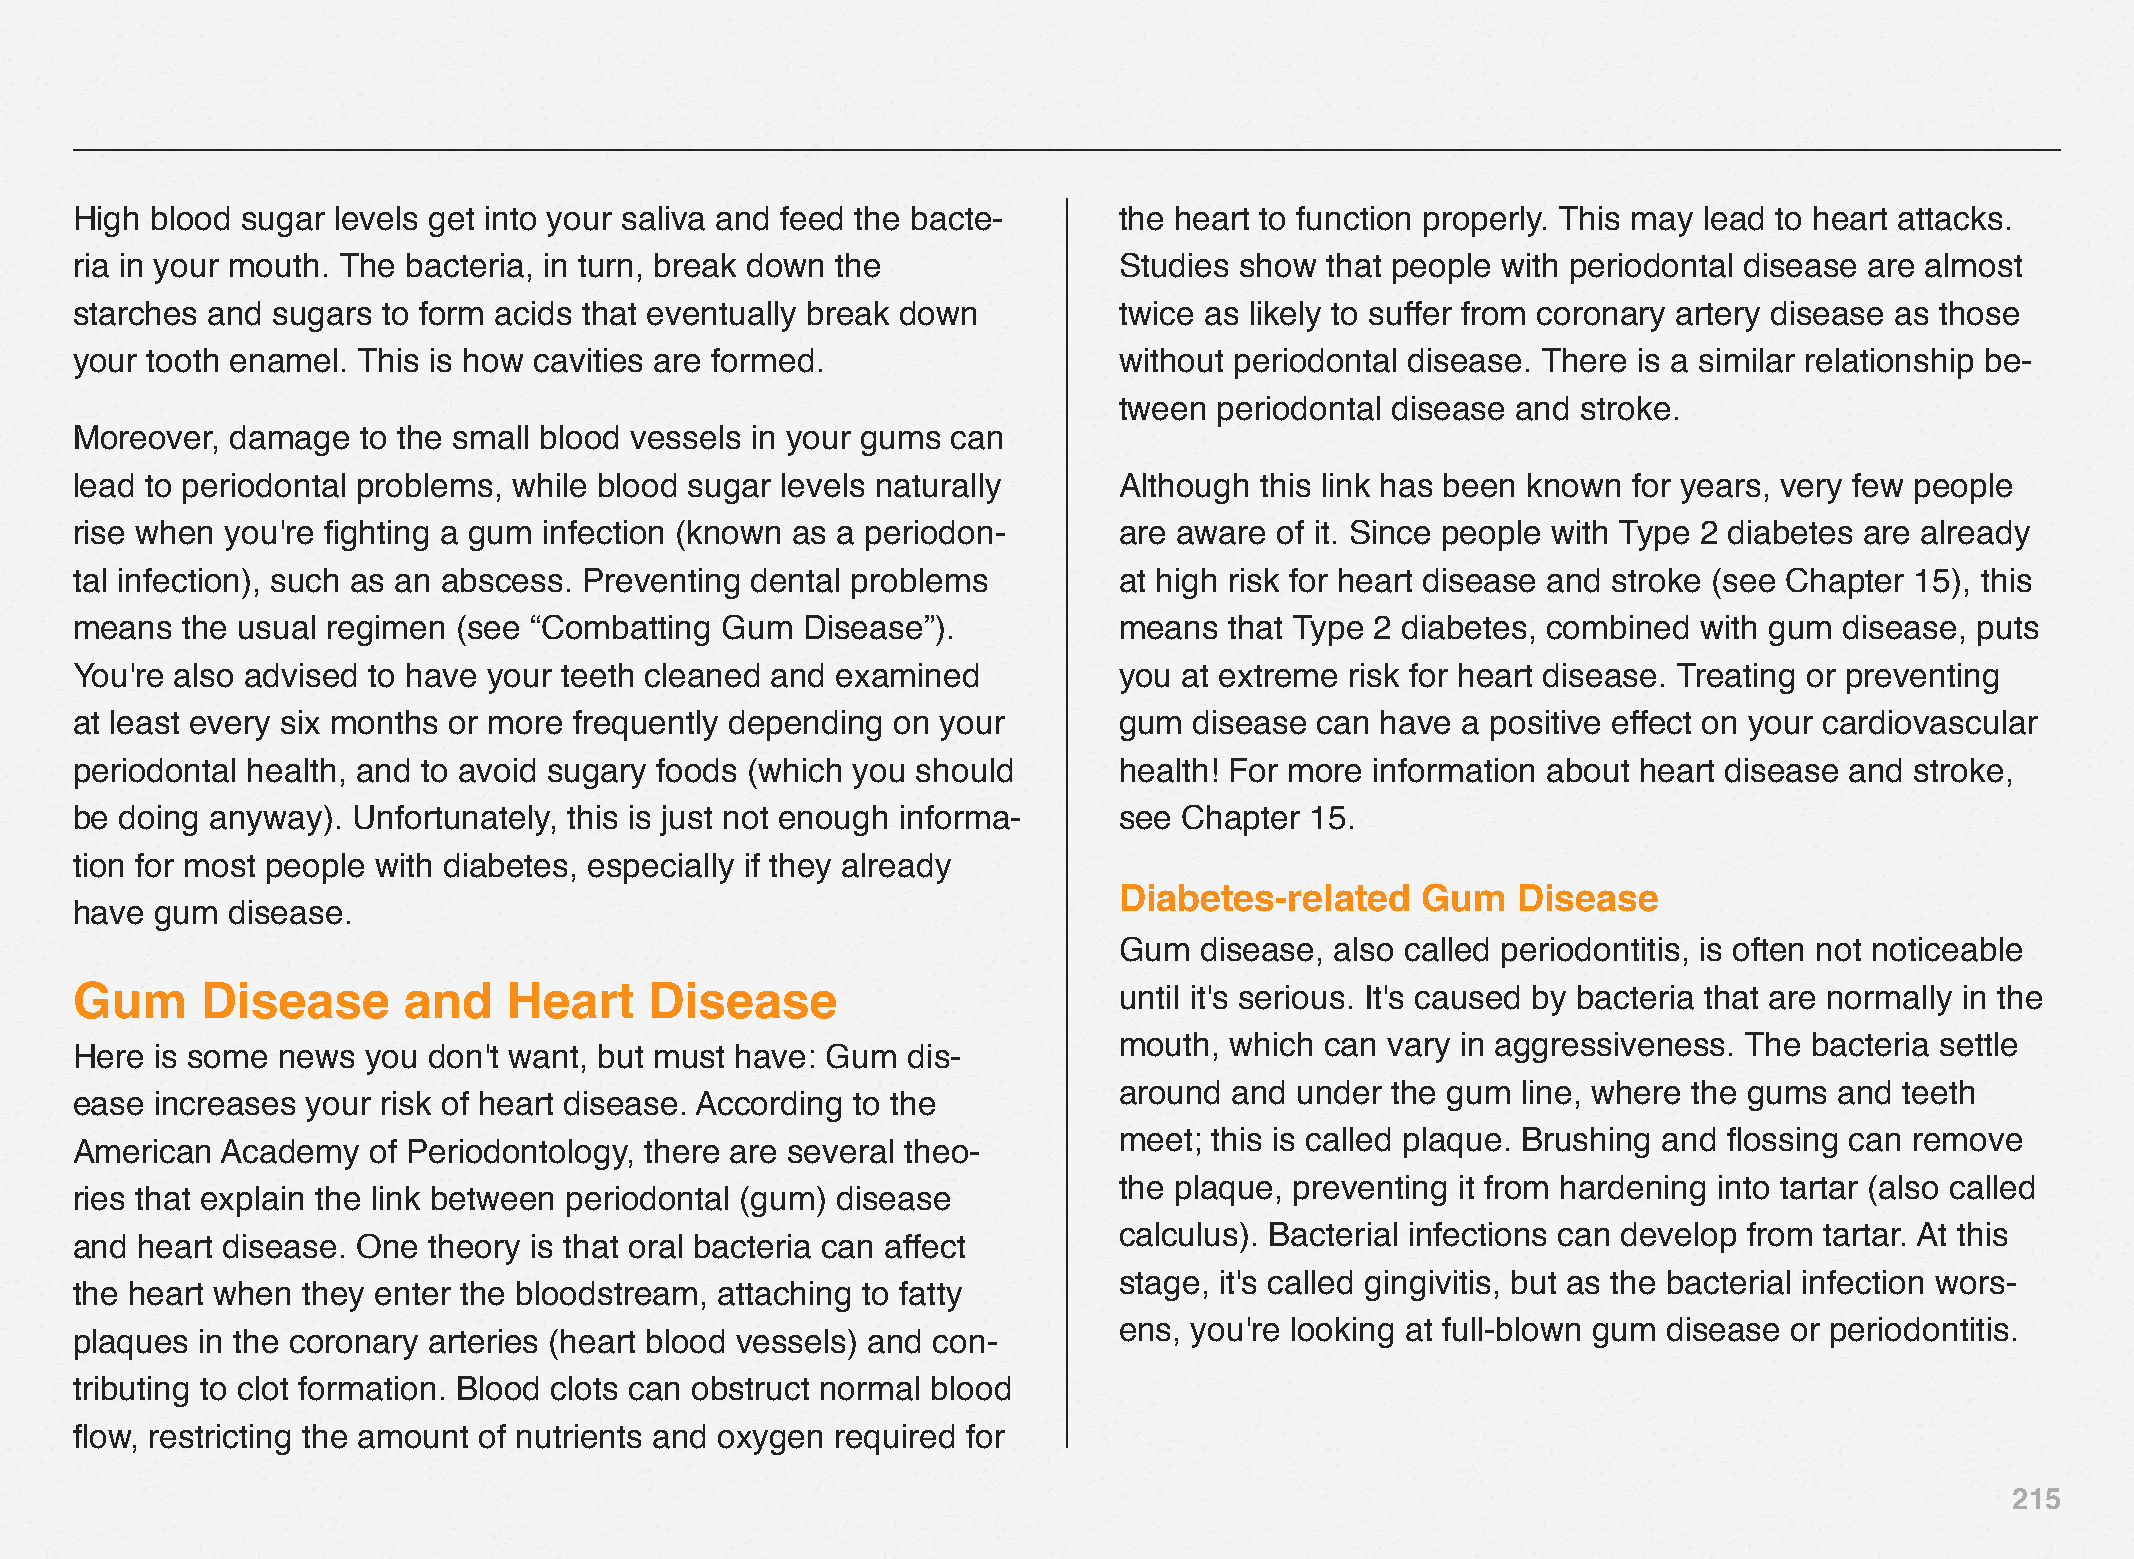
High blood sugar levels get into your saliva and feed the bacte-     the heart to function properly. This may lead to heart attacks.
 ria in your mouth. The bacteria, in turn, break down the             Studies show  that people with periodontal disease are almost
 starches and sugars to form acids that eventually break down         twice as likely to suffer from coronary artery disease as those
 your tooth enamel. This is how cavities are formed.                  without periodontal disease. There is a similar relationship be-
 tween  periodontal disease and stroke.
 Moreover, damage   to the small blood vessels in your gums can
 lead to periodontal problems, while blood sugar levels naturally     Although this link has been known for years, very few people
 rise when you're fighting a gum infection (known as a periodon-      are aware of it. Since people with Type 2 diabetes are already
 tal infection), such as an abscess. Preventing dental problems       at high risk for heart disease and stroke (see Chapter 15), this
 means  the usual regimen (see “Combatting  Gum  Disease”).           means  that Type 2 diabetes, combined  with gum disease, puts
 You're also advised to have your teeth cleaned and examined          you at extreme risk for heart disease. Treating or preventing
 at least every six months or more frequently depending on your       gum  disease can have  a positive effect on your cardiovascular
 periodontal health, and to avoid sugary foods (which you should      health! For more information about heart disease and stroke,
 be doing anyway). Unfortunately, this is just not enough informa-    see Chapter  15.
 tion for most people with diabetes, especially if they already
 Diabetes-related    Gum   Disease
 have gum  disease.
 Gum  disease, also called periodontitis, is often not noticeable
 Gum     Disease       and    Heart    Disease                        until it's serious. It's caused by bacteria that are normally in the
 mouth, which  can vary in aggressiveness. The bacteria settle
 Here is some news  you don't want, but must have: Gum  dis-
 around  and under the gum  line, where the gums and teeth
 ease increases your risk of heart disease. According to the
 meet; this is called plaque. Brushing and flossing can remove
 American  Academy  of Periodontology, there are several theo-
 the plaque, preventing it from hardening into tartar (also called
 ries that explain the link between periodontal (gum) disease
 calculus). Bacterial infections can develop from tartar. At this
 and heart disease. One theory is that oral bacteria can affect
 stage, it's called gingivitis, but as the bacterial infection wors-
 the heart when they enter the bloodstream, attaching to fatty
 ens, you're looking at full-blown gum disease or periodontitis.
 plaques in the coronary arteries (heart blood vessels) and con-
 tributing to clot formation. Blood clots can obstruct normal blood
 flow, restricting the amount of nutrients and oxygen required for
 215